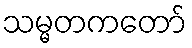
သမ္မတကတော်